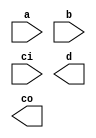
`timescale 1ns / 1ps
//////////////////////////////////////////////////////////////////////////////////
// Company: 
// Engineer: 
// 
// Design Name: 
// Module Name: fa
// Project Name: 
// Target Devices: 
// Tool Versions: 
// Description: 
// 
// Dependencies: 
// 
// Revision:
// Revision 0.01 - File Created
// Additional Comments:
// 
//////////////////////////////////////////////////////////////////////////////////


module fa(
    input a,
    input b,
    input ci,
    output d,
    output co
    );
endmodule